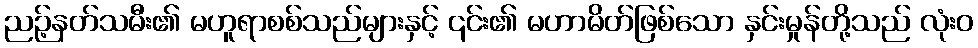
ညဉ့်နတ်သမီး၏ မဟူရာစစ်သည်များနှင့် ၎င်း၏ မဟာမိတ်ဖြစ်သော နှင်းမှုန်တို့သည် လုံးဝ